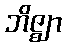
ဘိဇ္ဈာ